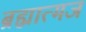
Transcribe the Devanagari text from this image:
ब्रह्मात्मज